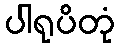
ပါရုပိတုံ